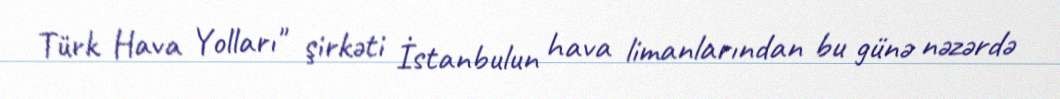
Türk Hava Yolları" şirkəti İstanbulun hava limanlarından bu günə nəzərdə